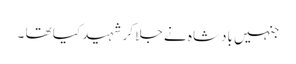
جنہیں بادشاہ نے جلا کر شہید کیا تھا ۔